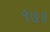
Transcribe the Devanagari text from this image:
१७॥